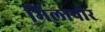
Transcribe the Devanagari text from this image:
मिलापोर